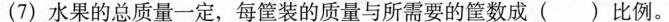
(7)水果的总质量一定，每筐装的质量与所需要的筐数成( )比例。